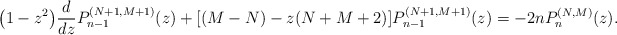
\begin{gather*}\big( 1-z^{2}\big) \frac{d}{dz}P_{n-1}^{(N+1,M+1) } ( z ) + [ (M-N)-z ( N+M+2 ) ] P_{n-1}^{( N+1,M+1) }(z) =-2nP_{n}^{(N,M) }(z) .\end{gather*}